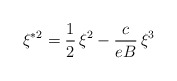
\begin{align*}\xi ^{\ast 2}=\frac{1}{2}\,\xi ^{2}-\frac{c}{eB}\,\xi ^{3} \end{align*}